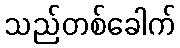
သည်တစ်ခေါက်